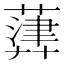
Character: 𦽷